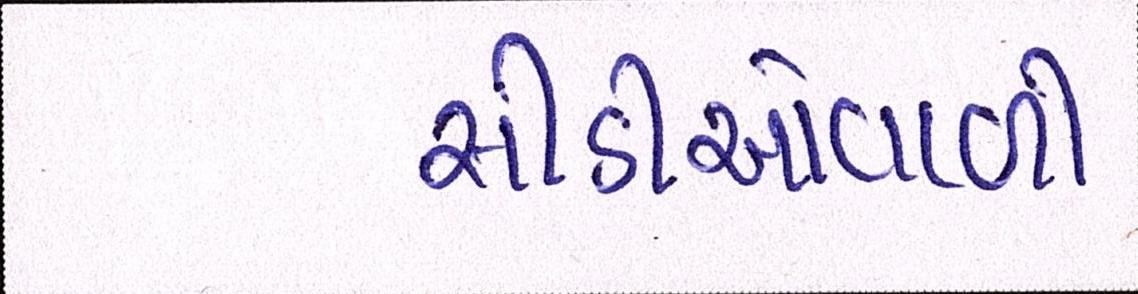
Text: સીડીઓવાળી